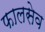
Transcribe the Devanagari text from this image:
फालसेव